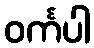
ဝင်္ကပါ